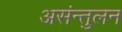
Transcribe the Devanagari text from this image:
असंन्तुलन